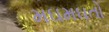
મઘમઘતો